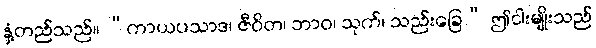
နှံ့တည်သည်။ “ကာယပသာဒ၊ ဇီဝိတ၊ ဘာဝ၊ သုက်၊ သည်းခြေ” ဤငါးမျိုးသည်